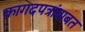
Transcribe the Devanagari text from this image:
कागदपत्रांबाबत